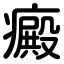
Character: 癜